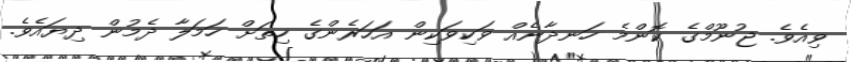
ވިއެވެ. ޖުނޫމްގެ ކޮންމެ ހަނދާނެއް ވަކިވަކިން އަހަރެންގެ ހިތަށް ހަމަލާ ދެމުން ދިޔައެވެ.